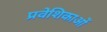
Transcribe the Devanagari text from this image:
प्रवेशिकाओं